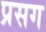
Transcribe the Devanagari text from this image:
प्रसग